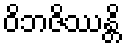
ဝိဘဇိဿန္တိ